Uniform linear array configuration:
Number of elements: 24
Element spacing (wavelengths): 0.5
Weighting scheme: blackman
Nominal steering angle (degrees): -30
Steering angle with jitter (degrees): -31.668
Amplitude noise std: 0.05
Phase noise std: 0.05

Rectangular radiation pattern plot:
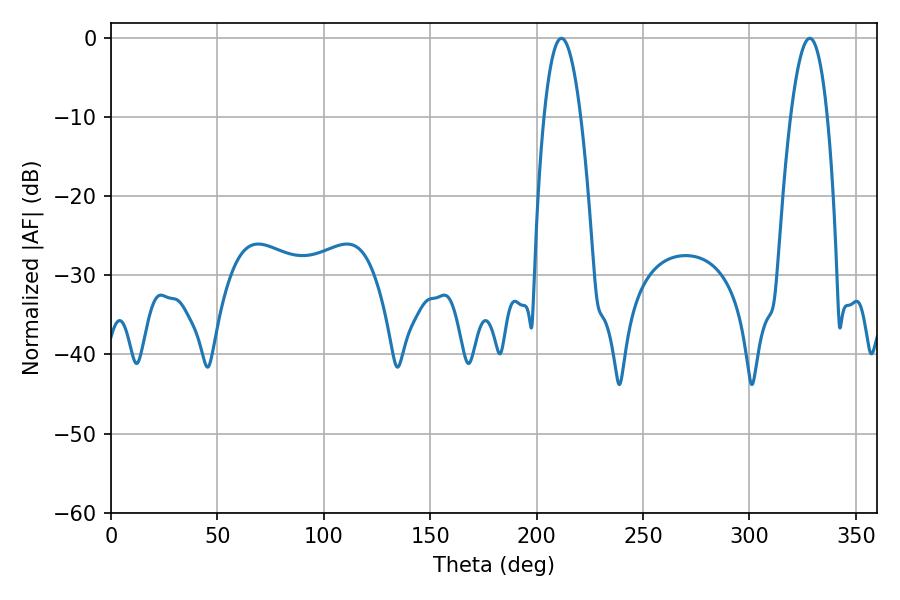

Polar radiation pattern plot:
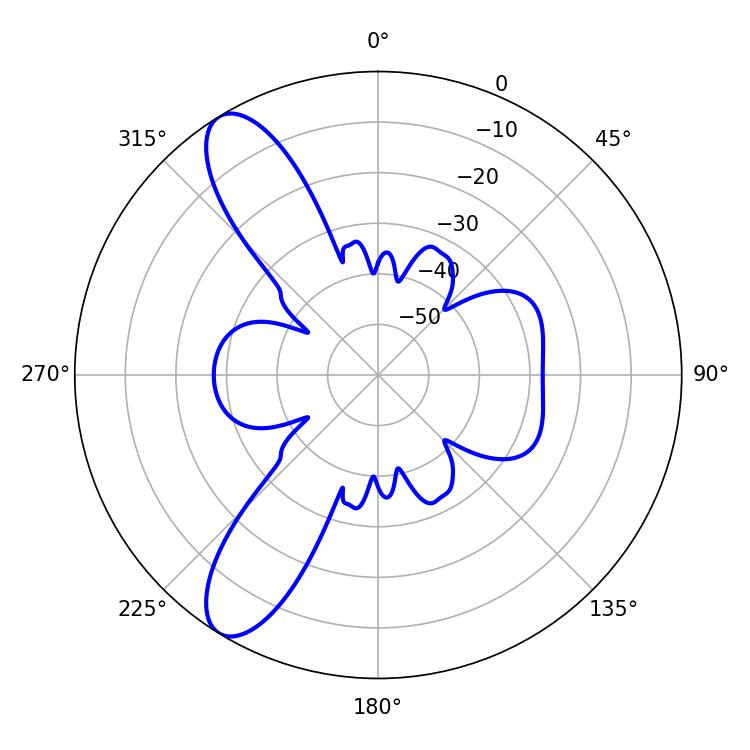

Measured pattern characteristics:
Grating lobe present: FALSE
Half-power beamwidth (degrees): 9.54
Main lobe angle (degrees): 211.68